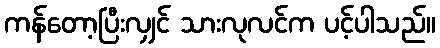
ကန်တော့ပြီးလျှင် သားလုလင်က ပင့်ပါသည်။